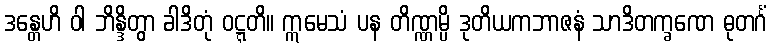
ဒန္တေဟိ ဝါ ဘိန္ဒိတွာ ခါဒိတုံ ဝဋ္ဋတိ။ ဣမေသံ ပန တိဏ္ဏမ္ပိ ဒုတိယကဘာဇနံ သာဒိတက္ခဏေ ဓုတင်္ဂံ